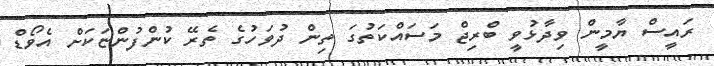
ރައީސް ޔާމީން ވިދާޅުވީ ބްރިޖް މަސައްކަތުގަ ތިން ދުވަހުގެ ތެރޭ ކުންފުންޏަކަށް އެވޯޑް